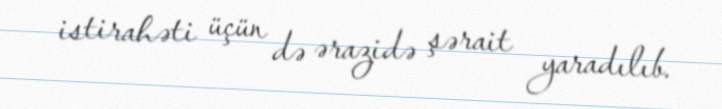
istirahəti üçün də ərazidə şərait yaradılıb.